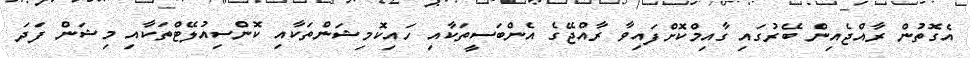
އެގޮތުން ރާއްޖެއިން ބޭރުގައި ގާއިމްކޮށްފައިވާ ރާއްޖޭގެ އެންބަސީތަކާއި ހައިކޮމިޝަންތަކާއި ކޮންސިއުލޭޓްތަކާއި މިޝަން ފަދަ